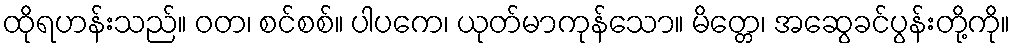
ထိုရဟန်းသည်။ ဝတ၊ စင်စစ်။ ပါပကေ၊ ယုတ်မာကုန်သော။ မိတ္တေ၊ အဆွေခင်ပွန်းတို့ကို။